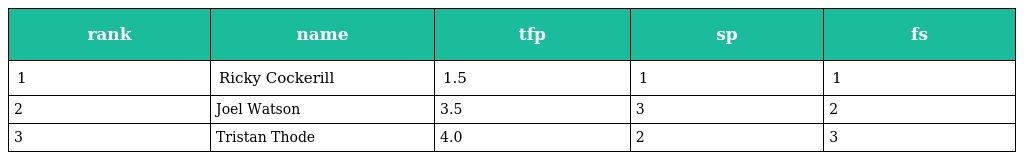
| rank | name | tfp | sp | fs |
 | --- | --- | --- | --- | --- |
 | 1 | Ricky Cockerill | 1.5 | 1 | 1 |
 | 2 | Joel Watson | 3.5 | 3 | 2 |
 | 3 | Tristan Thode | 4.0 | 2 | 3 |